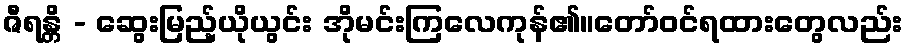
ဇီရန္တိ - ဆွေးမြည့်ယိုယွင်း အိုမင်းကြလေကုန်၏။တော်ဝင်ရထားတွေလည်း